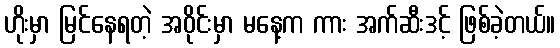
ဟိုးမှာ မြင်နေရတဲ့ အဝိုင်းမှာ မနေ့က ကား အက်ဆီးဒင့် ဖြစ်ခဲ့တယ်။